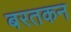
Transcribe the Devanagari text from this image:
बरतकन